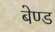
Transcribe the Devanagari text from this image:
बेण्ड